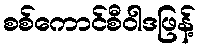
စစ်ကောင်စီဝါဒဖြန့်